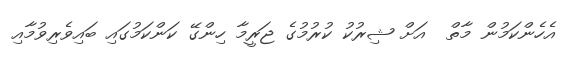
އެހެންކަމުން މާތް  އަށް ޝިރުކު ކުރުމުގެ ޖަރީމާ ހިންގޭ ކަންކަމުގައި ބައިވެރިވުމާއި